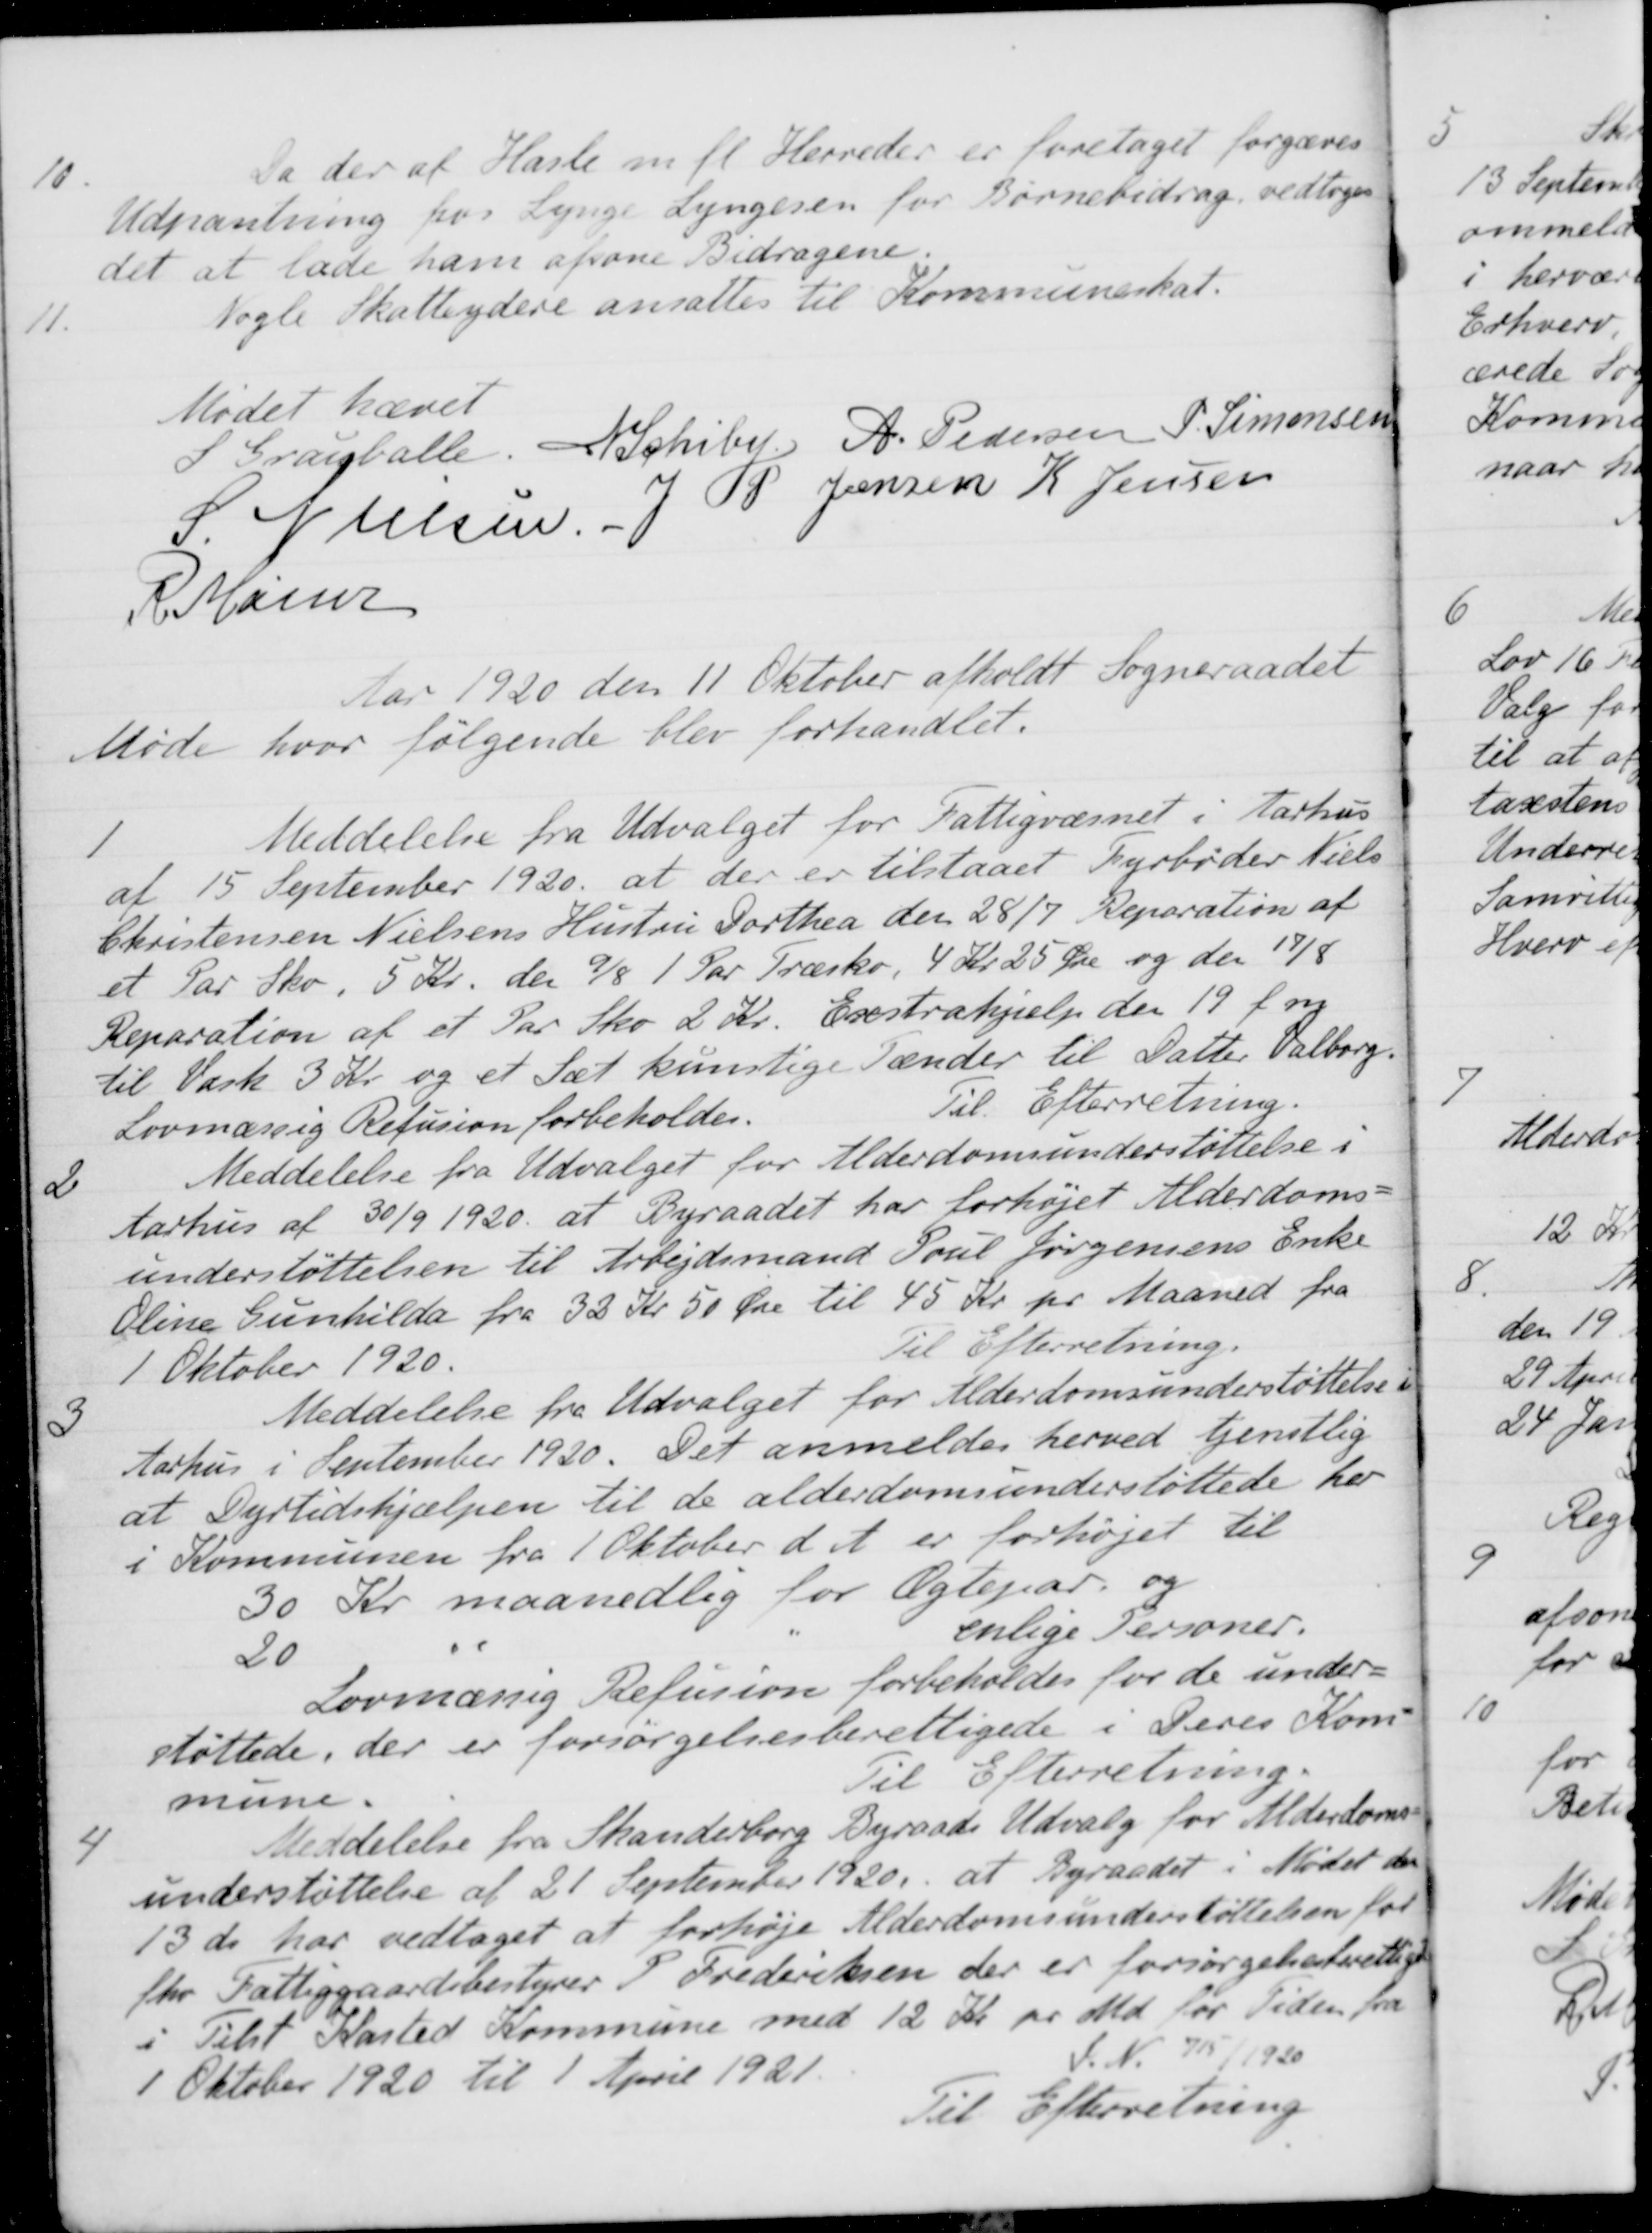
Transskription:
10.
Da der af Hasle m. fl. Herreder er foretaget forgæves
Udpantning for Lynge Lyngesen for Børnebidrag vedtoges
det at lade ham afsone Bidragene.
11.
Nogle Skatteydere ansattes til Kommuneskat.
Mødet hævet
S. Grauballe.
N Schiby
A. Pedersen
P. Simonsen
P Jensen
K. Jensen
S Nielsen.
R Møller
Aar 1920 den 11 Oktober afholdt Sogneraadet
Møde hvor følgende blev forhandlet.
1
Meddelelse fra Udvalget for Fattigvæsnet i Aarhus
af 15 September 1920 at der er tilstaaet Fyrbøder Niels
Christensen Nielsens Hustru Dorthea den 28/7 Reparation af
et Par Sko, 5 Kr. den 9/8 1 Par Træsko, 4 Kr. 25 Øre og den 17/8
Reparation af et Par Sko 2 Kr. Exstrahjælp den 19 f. ny
til Vask 3 Kr. og et Sæt kunstige Tænder til Datter Valborg.
Lovmæssig Refusion forbeholdes.
Til Efterretning.
2
Meddelelse fra Udvalget for Alderdomsunderstøttelse i
Aarhus af 30/9 1920 at Byraadet har forhøjet Alderdoms-
understøttelsen til Arbejdsmand Poul Jørgensens Enke
Oline Gunhilda fra 32 Kr 50 Øre til 45 Kr pr Maaned fra
1 Oktober 1920.
Til Efterretning.
3
Meddelelse fra Udvalget for Alderdomsunderstøttelse
Aarhus i September 1920. Det anmeldes herved tjenstlig
at Dyrtidshjælpen til de alderdomsunderstøttede her
i Kommunen fra 1 Oktober d. A. er forhøjet til
30 Kr maanedlig for Ægtepar og
20
enlige Personer.
Lovmæssig Refusion forbeholdes for de under-
støttede, der er forsørgelsesberettigede i Deres Kom-
mune.
Til Efterretning.
4
Meddelelse fra Skanderborg Byraads Udvalg for Alderdoms-
understøttelse af 21 September 1920, at Byraadet i Mødet den
13 ds har vedtaget at forhøje Alderdomsunderstøttelsen for
fhv. Fattiggaardsbestyrer P. Frederiksen der er forsørgelsesberettiget
i Tilst Kasted Kommune med 12 Kr pr Md. for Tiden fra
1 Oktober 1920 til 1 April 1921.
S. N. 715 /1920
Til Efterretning